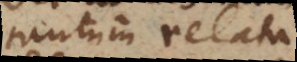
tantum relata